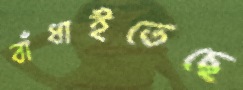
বাঁধাইতেছে